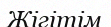
Жігітім